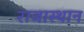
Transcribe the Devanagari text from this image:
राजास्थान